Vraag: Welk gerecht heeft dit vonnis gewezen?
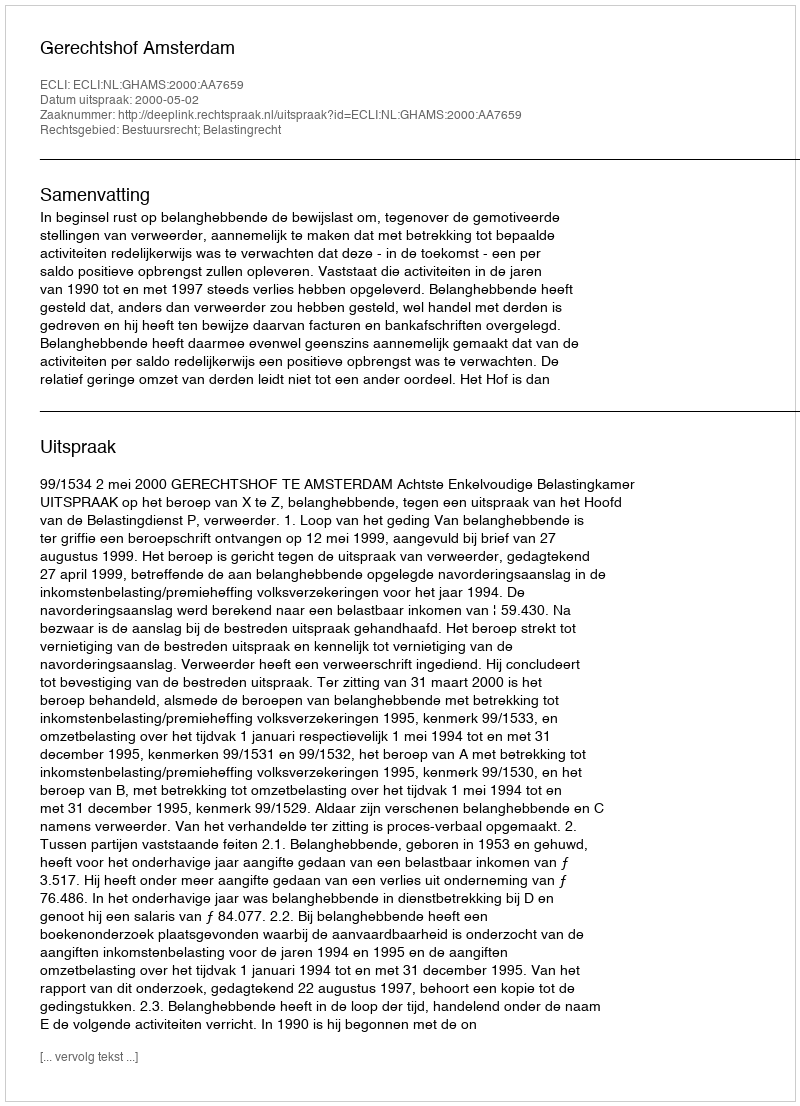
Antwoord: Gerechtshof Amsterdam